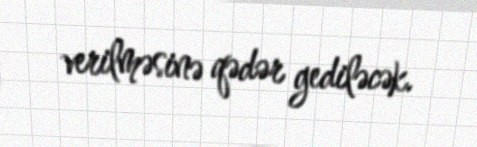
verilməsinə qədər gediləcək.